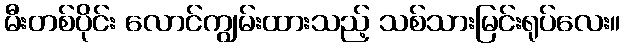
မီးတစ်ပိုင်း လောင်ကျွမ်းထားသည့် သစ်သားမြင်းရုပ်လေး။